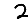
Digit: 2